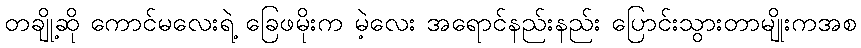
တချို့ဆို ကောင်မလေးရဲ့ ခြေဖမိုးက မဲ့လေး အရောင်နည်းနည်း ပြောင်းသွားတာမျိုးကအစ